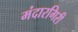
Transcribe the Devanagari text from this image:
मंदारगिरी